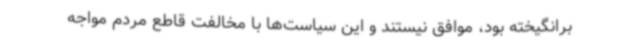
برانگیخته بود، موافق نیستند و این سیاست‌ها با مخالفت قاطع مردم مواجه